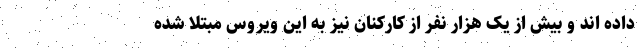
داده اند و بیش از یک هزار نفر از کارکنان نیز به این ویروس مبتلا شده